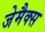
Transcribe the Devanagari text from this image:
जेमैक्स